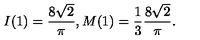
I ( 1 ) = \frac { 8 \sqrt { 2 } } { \pi } , M ( 1 ) = \frac { 1 } { 3 } \frac { 8 \sqrt { 2 } } { \pi } .